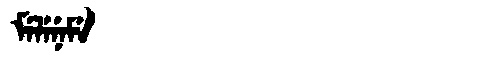
Manchu: ᠮᡝᠯᡝᠨᡝᠮᡝ
Romanization: MELENEME